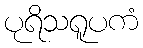
ပုရိသရူပကံ